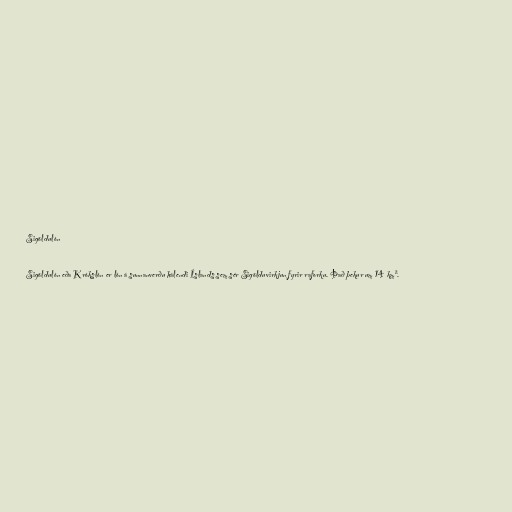
Sigöldulón

Sigöldulón eða Krókslón er lón á sunnanverðu hálendi Íslands sem sér Sigölduvirkjun fyrir raforku. Það þekur um 14 km².